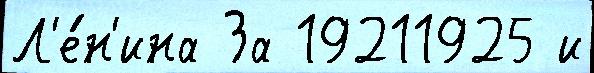
Л'е́н'ина За 19211925 и